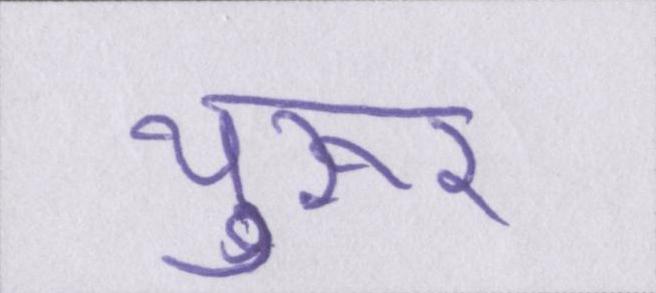
थुरूर